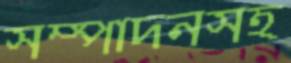
সম্পাদনসহ